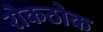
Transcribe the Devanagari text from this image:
रोकठोक